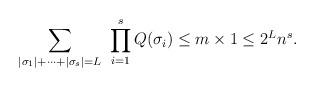
LaTeX: \begin{align*} \sum_{|\sigma_1|+\dots+|\sigma_s|=L}\ \prod_{i=1}^{s} Q(\sigma_i)\leq m \times 1 \leq 2^L n^s. \end{align*}